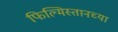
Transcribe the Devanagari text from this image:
फिल्मिस्तानच्या